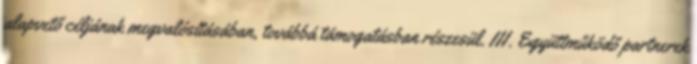
alapvető céljának megvalósításában, továbbá támogatásban részesül. III. Együttműködő partnerek